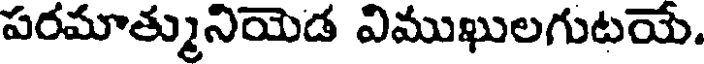
పరమాత్మునియెడ విముఖులగుటయే.